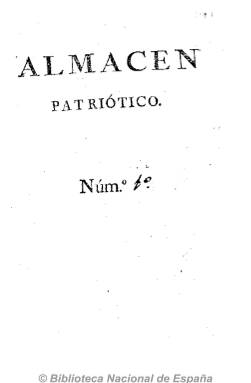
Título: Almacén patriótico o Colección de discursos ...
Otros títulos: Colección de discursos || Almacén patriótico
Colección: Periódicos anteriores a 1850
Ámbito geográfico: Badajoz
Lugar de publicación: Badajoz
Fechas: 01/01/1808-05/01/1808

Periódico surgido en Badajoz al inicio de la Guerra de la Independencia española tras el levantamiento del 2 de mayo de Madrid contra la invasión francesa. Se proponía recoger discursos o composiciones poéticas que sirvieran para enaltecer la lucha, el patriotismo y el amor al monarca español Fernando VII, que había sido obligado a abdicar en Bayona por Napoleón.

   Su editor, Pedro Pascasio Fernández Sardino, que era médico de las tropas acantonadas en Extremadura, figuraba también como redactor del Diario de Badajoz y llegó a luchar contra los franceses con el nombre falso de Pedro Luis Daoiz para evitar que el invasor tomase represalias contra su familia.

  En el Almacén patriótico, periódico del que se conocen cinco números, todos ellos del año 1808, se vuelca en elogios y declaraciones de lealtad hacia Fernando VII, a quien desea su pronta vuelta al trono para bien de los españoles. Aunque paradójicamente, Pedro Pascasio acabó convirtiéndose en un liberal exaltado, editando en Cádiz en 1811 el periódico El Robespierre Español, lo que le valió la prisión, y una vez fuera del país los franceses tuvo que exiliarse en Londres, donde fundó el periódico El Español Constitucional. Se puede consultar en línea la biografía de este interesante personaje en MCNBiografías.

   ‘Algunos melancólicos dirán que Fernando está en poder de Napoleón, y por lo mismo es dudosa su vuelta. Mas yo aseguro que será restituido a su Pueblo amado, o será arrasada y convertida en cenizas toda la Francia’. Este párrafo del primer número del Almacén Patriótico es una buena muestra del estilo apasionado y furibundo de Pedro Pascasio.

    En el mismo número indicaba su propósito de publicar tres entregas al mes de no menos de 32 páginas y con mejor papel que el Diario de Badajoz. Pedía también colaboraciones de toda España para publicarlas y ofrecía una suscripción gratuita al periódico a quien resolviera el siguiente problema: ‘¿Qué modificaciones hará sin duda en nuestra Constitución degenerada el joven y adorado Rey D. FERNANDO VII, previas las sabias consultas de los célebres varones españoles más eminentes en la ciencia de la Legislación?’

  El Almacén patriótico fue uno más de los periódicos que aparecieron a partir de junio de 1808 en todas las provincias españolas tras el levantamiento contra la invasión francesa. Se desarrolló entonces una prensa local patriótica de la que no había precedentes en España. Donde no había un periódico, la junta de Defensa de la provincia creaba uno.

[Descripción publicada el 22/04/2020]